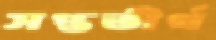
সপ্ততীর্থ